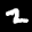
Label: 2